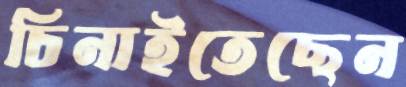
চিনাইতেছেন